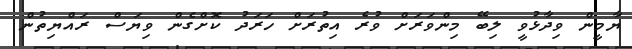
ޔާމީން ވިދާޅުވީ ލިބޭ މިންވަރަށް ވުރެ އިތުރަށް ހަރަދު ކޮށްގެން ވިޔަސް ރައްޔިތުން